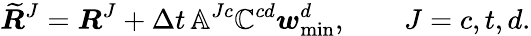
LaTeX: \widetilde{\boldsymbol{R}}^{J}=\boldsymbol{R}^{J}+\Delta t\, \mathbb{A}^{Jc}\mathbb{C}^{cd}\boldsymbol{w}_{\mathrm{min}}^{d},\qquad J=c,t,d.